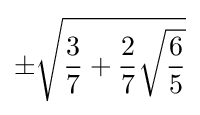
\pm {\sqrt {{\frac {3}{7}}+{\frac {2}{7}}{\sqrt {\frac {6}{5}}}}}